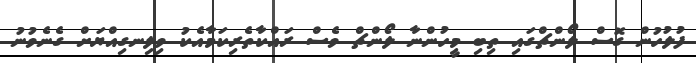
ފުލުހުން ގޮސް ލޯންޗްގައި ތިބި މީހުންނާ ލޯންޗް ވެސް ރައްކާތެރިކަމާއެކު ވިލިނގިއްޔަށް ގެނެވުނު